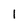
Character: 1